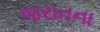
જરાતના